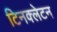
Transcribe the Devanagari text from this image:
टिनक्लेटन